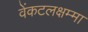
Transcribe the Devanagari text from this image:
वेंकटलक्षम्मा